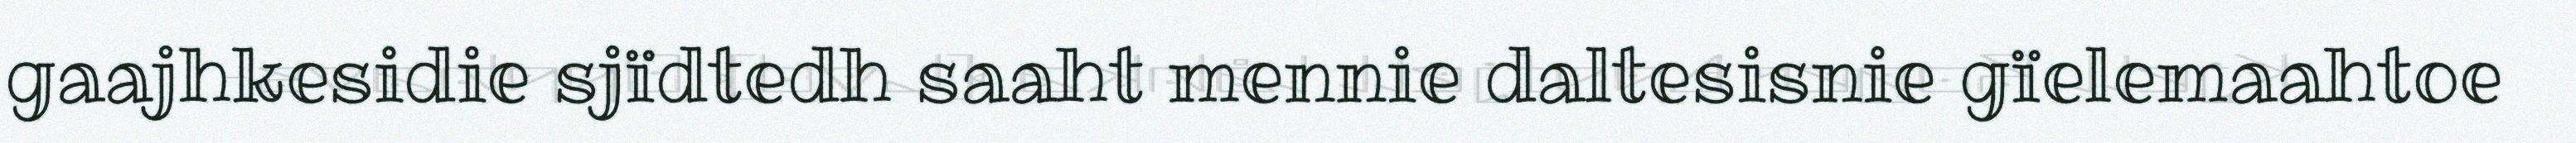
gaajhkesidie sjïdtedh saaht mennie daltesisnie gïelemaahtoe